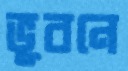
ভূবনে